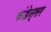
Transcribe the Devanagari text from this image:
कंडेन्सर